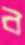
ব